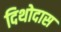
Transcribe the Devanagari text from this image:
दिथोदास